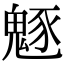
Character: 𩳟